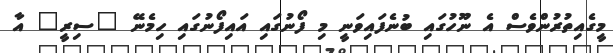
މީގެއިތުރުންވެސް އެ ނޫހުގައި ބުނެފައިވަނީ މި ފޯނުގައި އައިފޯނުގައި ހިމެނޭ "ސިރީ" އާ